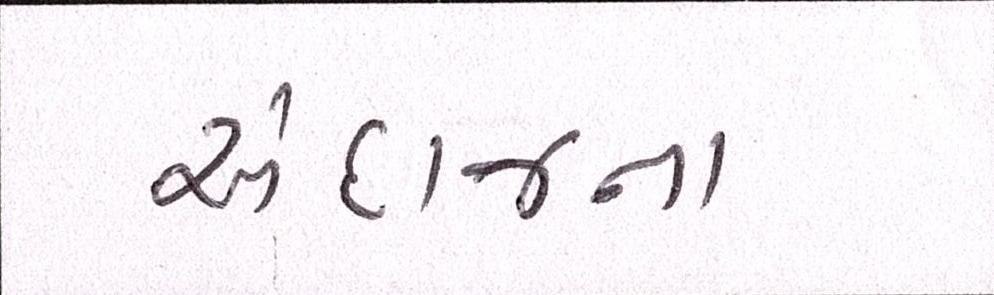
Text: અંદાજના